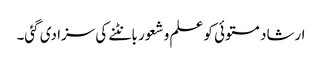
ارشاد مستوئی کو علم و شعور بانٹنے کی سزا دی گئی۔